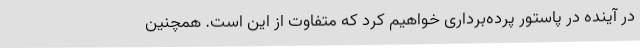
در آینده در پاستور پرده‌برداری خواهیم کرد که متفاوت از این است. همچنین